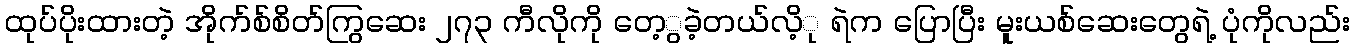
ထုပ်ပိုးထားတဲ့ အိုက်စ်စိတ်ကြွဆေး ၂၇၃ ကီလိုကို တေ့ွခဲ့တယ်လိ့ု ရဲက ပြောပြီး မူးယစ်ဆေးတွေရဲ့ ပုံကိုလည်း